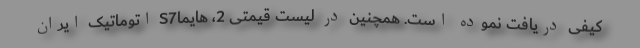
کیفی دریافت نموده است. همچنین در لیست قیمتی 2، هایماS7 اتوماتیک ایران